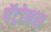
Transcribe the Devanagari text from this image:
पॅट्रोनस